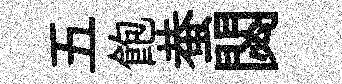
五飽蛬閟